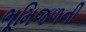
ભૂમિજળની